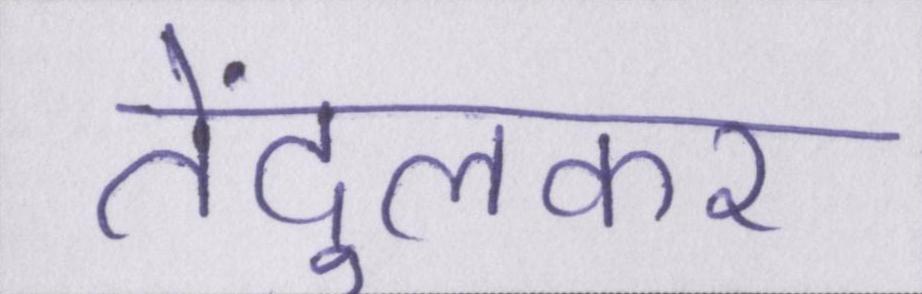
तेंदुलकर